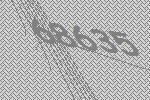
68635